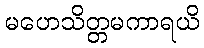
မဟေသိတ္တမကာရယိ